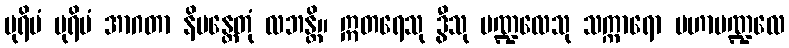
ပုရိမံ ပုရိမံ အာဂတာ နိမန္တေတုံ လဘန္တိ။ ဣတရေသု ဒွီသု မဏ္ဍလေသု သက္ကာရော မဟာမဏ္ဍလေ